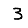
Digit: 3